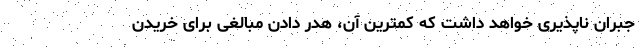
جبران ناپذیری خواهد داشت که کمترین آن، هدر دادن مبالغی برای خریدن